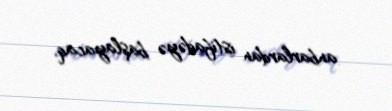
anbarlardan istifadəyə başlayacaq.